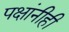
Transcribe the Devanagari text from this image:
पक्षांनीही